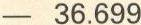
- 36.699